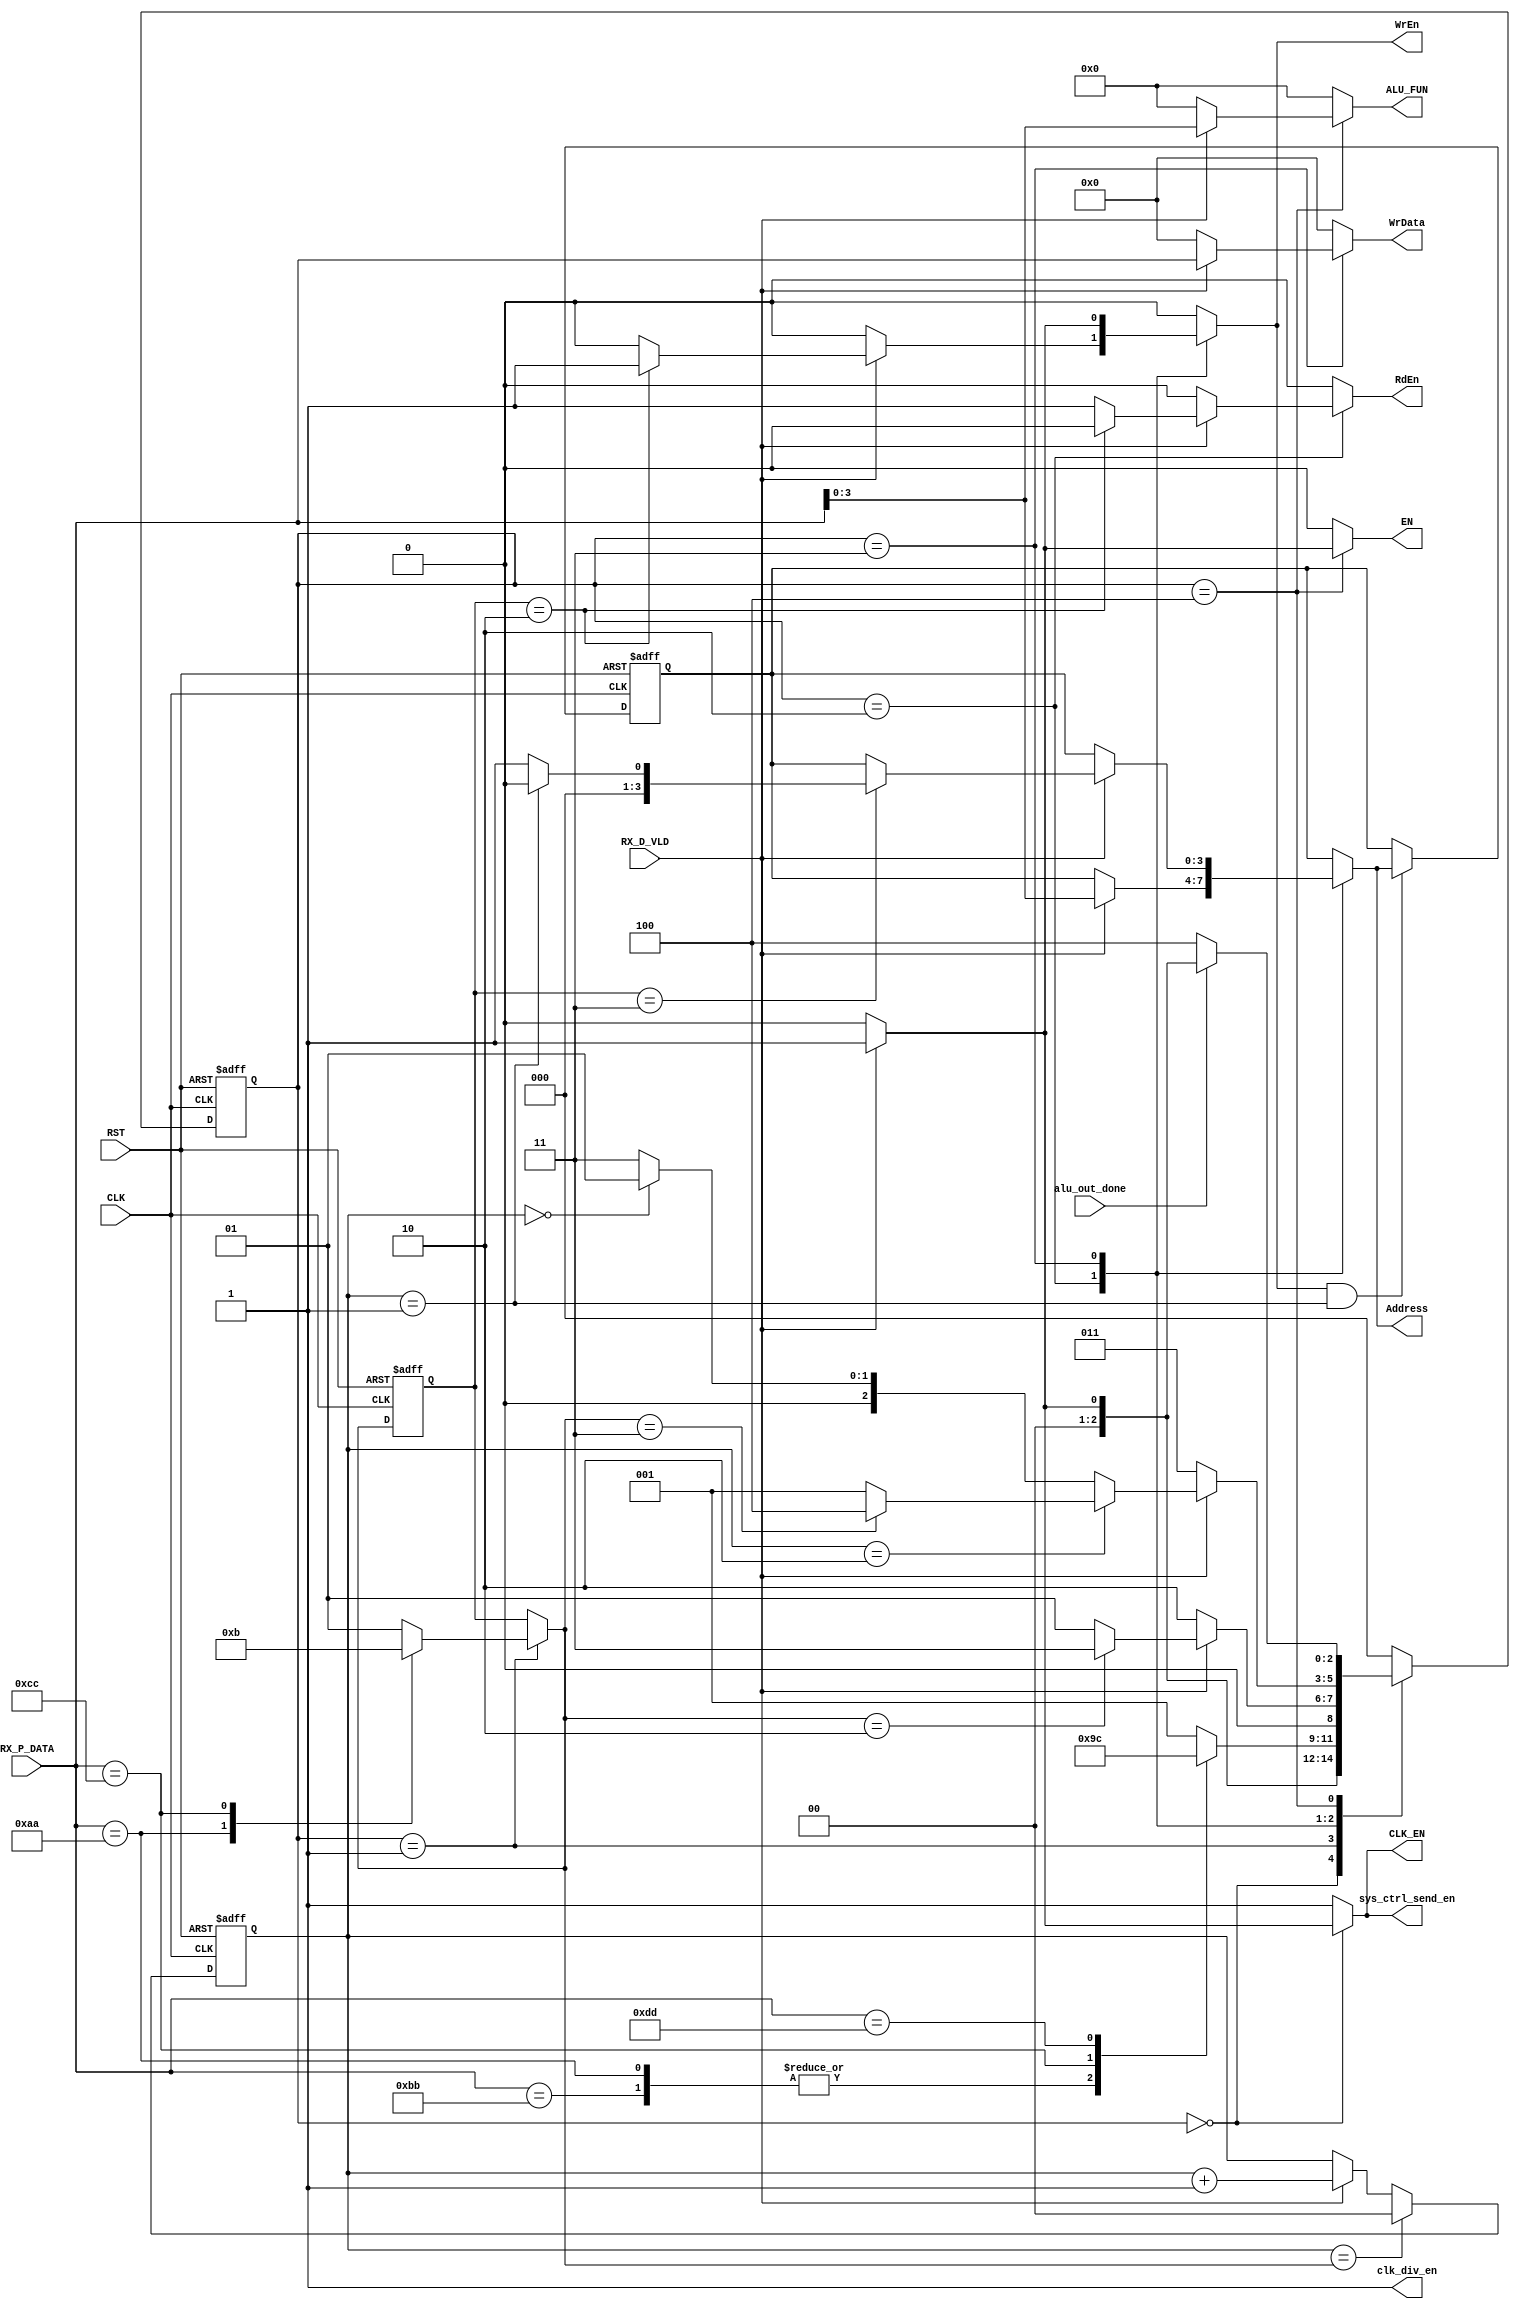
module sys_ctrl_rec #(parameter DATA_WIDTH = 8, REGFILE_ADD = 4 )
(
    input  wire                     CLK,
    input  wire                     RST,
    input  wire [DATA_WIDTH-1:0]    RX_P_DATA,
    input  wire                     RX_D_VLD,
    input  wire                     alu_out_done,
    output reg                      EN,         //ALU enable signal
    output reg  [3:0]               ALU_FUN,
    output reg                      CLK_EN,     //Clk gate enable
    output reg  [REGFILE_ADD-1:0]   Address,
    output reg                      WrEn,
    output reg                      RdEn,
    output reg  [DATA_WIDTH-1:0]    WrData,
    output reg                      clk_div_en,
    output reg                      sys_ctrl_send_en
);
// int sig to read the data from regfile the signal'll come form sys_ctrl_rec

reg [2:0] next_state, current_state;
reg [1:0] final_frame;
reg [1:0] fin;
reg [1:0] count;
reg [3:0] add_regfile;

parameter [2:0] idle_state       = 3'b000 ;
parameter [2:0] cmd_rd     = 3'b001 ;
parameter [2:0] add_rd     = 3'b010 ;
parameter [2:0] data_rd    = 3'b011 ;
parameter [2:0] alu_fun_rd = 3'b100 ;

always @(posedge CLK or negedge RST)
begin
    if(!RST)
    current_state <= idle_state ;
    else
    current_state <= next_state ;
end

always @(*)
begin
    case(current_state)
    idle_state: 
    begin
        if(RX_D_VLD)
        next_state = cmd_rd ;
        else
        next_state = idle_state ;
    end
    cmd_rd: 
    begin
        //if(RX_D_VLD)
        //begin
        case(RX_P_DATA)
        'b1010_1010:
        begin
            next_state = add_rd ;
            //final_frame = 2'b10 ;
        end
        'b1011_1011:
        begin
            next_state = add_rd ;
            //final_frame = 2'b01 ;
        end
        'b1100_1100:
        begin
            next_state = data_rd ;
            //final_frame = 2'b11 ;
        end
        'b1101_1101:
        begin
            next_state = alu_fun_rd ;
            //final_frame = 2'b01 ;
        end
        default:
        begin
            next_state = cmd_rd ;
            //final_frame = 2'b01 ;
        end
        endcase
        //end
        //else
        //next_state = cmd_rd ;
    end
    add_rd: 
    begin
        if(RX_D_VLD)
        begin
        if(final_frame == 2'b10)
        next_state = data_rd ;
        else
        begin
            if(RX_D_VLD)
            next_state = cmd_rd ;
            else
            next_state = idle_state ;
        end
        end
        else
        next_state = add_rd ; 
    end
    data_rd: 
    begin
        if (RX_D_VLD)
        begin
            if (count == 2'b10)
            begin
                if (final_frame == 2'b11)
                next_state = alu_fun_rd ;
                else
                begin
                    if(RX_D_VLD)
                    next_state = cmd_rd ;
                    else
                    next_state = idle_state ;
                end
            end
            else
            begin
                if(count == 2'b00)          //next_state = data_rd ;
                next_state = cmd_rd ;
                else 
                next_state = data_rd ;       
            end
        end
        else
        next_state = data_rd ;  
    end
    alu_fun_rd: 
    begin
        if(alu_out_done)
        begin
            if(RX_D_VLD)
            next_state = cmd_rd ;
            else
            next_state = idle_state ;
        end
        else
        next_state = alu_fun_rd ;
    end
    default: 
    begin
        next_state = idle_state ;
    end
    endcase
end

always @(*)
begin
    EN         = 1'b0 ;   // ALU enable
    ALU_FUN    =  'b0 ;   // width = 4
    CLK_EN     = 1'b0 ;   // Clk gate enable
    Address    =  add_regfile ; // width = 4
    WrEn       = 1'b0 ;
    RdEn       = 1'b0 ;
    WrData     =  'b0 ;   // width = 8
    clk_div_en = 1'b1 ;
    final_frame = fin ;
    sys_ctrl_send_en = 'b1 ;
    case(current_state)
    idle_state: 
    begin
        if(RX_D_VLD)
        begin
        CLK_EN     = 1'b1 ;
        clk_div_en = 1'b1 ;
        end
        else
        begin
        CLK_EN     = 1'b0 ;
        clk_div_en = 1'b1 ;
        sys_ctrl_send_en = 'b0 ;
        end
    end
    cmd_rd: 
    begin
        case(RX_P_DATA)
        'b1010_1010:
        begin
            CLK_EN     = 1'b1 ;
            clk_div_en = 1'b1 ;
            final_frame = 2'b10 ;
        end
        'b1011_1011:
        begin
            CLK_EN     = 1'b1 ;
            clk_div_en = 1'b1 ;
            final_frame = 2'b01 ;
        end
        'b1100_1100:
        begin
            CLK_EN     = 1'b1 ;
            clk_div_en = 1'b1 ;
            final_frame = 2'b11 ;
        end
        'b1101_1101:
        begin
            CLK_EN     = 1'b1 ;
            clk_div_en = 1'b1 ;
            final_frame = 2'b01 ;
        end
        default:
        begin
            CLK_EN     = 1'b1 ;
            clk_div_en = 1'b1 ;
            final_frame = 2'b01 ;
        end
        endcase
    end
    add_rd: 
    begin
        if(RX_D_VLD)
        begin
        EN         = 1'b0 ;
        ALU_FUN    =  'b0 ; // width = 4
        CLK_EN     = 1'b1 ;
        Address    =  RX_P_DATA[3:0] ; // width = 4
        WrData     =  'b0 ; // width = 8
        clk_div_en = 1'b1 ;
        if(final_frame == 2'b10)
        begin
            WrEn       = 1'b1 ;
            RdEn       = 1'b0 ;
        end
        else
        begin
            WrEn       = 1'b0 ;
            RdEn       = 1'b1 ;
        end

        end
        else
        begin
            EN         = 1'b0 ;
            ALU_FUN    =  'b0 ; // width = 4
            CLK_EN     = 1'b1 ;
            Address    =  add_regfile ; // width = 4
            WrEn       = 1'b0 ;
            RdEn       = 1'b0 ;
            WrData     =  'b0 ; // width = 8
            clk_div_en = 1'b1 ;
        end
    end
    data_rd: 
    begin
        if (RX_D_VLD)
        begin
            if (final_frame == 2'b11)
            begin
            CLK_EN     = 1'b1 ;
            WrEn       = 1'b1 ;
            RdEn       = 1'b0 ;
            clk_div_en = 1'b1 ;
            
            if(count == 2'b01)
            begin
            Address    =  'b0000 ; // width = 4
            WrData     =  RX_P_DATA ; // width = 8
            end
            else
            begin
            Address    =  'b0001 ; // width = 4
            WrData     =  RX_P_DATA ; // width = 8
            end

            end
            else
            begin
            EN         = 1'b0 ;
            ALU_FUN    =  'b0 ; // width = 4
            CLK_EN     = 1'b1 ;
            Address    =  add_regfile ; // width = 4
            WrEn       = 1'b1 ;
            RdEn       = 1'b0 ;
            WrData     =  RX_P_DATA ; // width = 8
            clk_div_en = 1'b1 ;
            end
        end
        else
        begin
        CLK_EN     = 1'b1 ;
        WrEn       = 1'b0 ; //WrEn       = 1'b1 ;
        RdEn       = 1'b0 ;
        clk_div_en = 1'b1 ;
        end  
    end
    alu_fun_rd: 
    begin
        if (RX_D_VLD)
        begin
        EN         = 1'b1 ;
        ALU_FUN    =  RX_P_DATA[3:0] ; // width = 4
        CLK_EN     = 1'b1 ;
        Address    =  add_regfile ; // width = 4
        WrEn       = 1'b0 ;
        RdEn       = 1'b0 ;
        WrData     =  'b0 ; // width = 8
        clk_div_en = 1'b1 ;
        end
        else
        begin
        EN         = 1'b0 ; // EN         = 1'b1 ;
        ALU_FUN    =  'b0 ; // width = 4
        CLK_EN     = 1'b1 ;
        Address    =  add_regfile ; // width = 4
        WrEn       = 1'b0 ;
        RdEn       = 1'b0 ;
        WrData     =  'b0 ; // width = 8
        clk_div_en = 1'b1 ;
        end
    end
    default: 
    begin
        EN         = 1'b0 ;
        ALU_FUN    =  'b0 ; // width = 4
        CLK_EN     = 1'b1 ;
        Address    =  add_regfile ; // width = 4
        WrEn       = 1'b0 ;
        RdEn       = 1'b0 ;
        WrData     =  'b0 ; // width = 8
        clk_div_en = 1'b1 ;
    end
    endcase
end

always @(posedge CLK or negedge RST)
begin
    if(!RST)
    add_regfile <= 'b100;
    else if( (WrEn == 1) && (count == 'b01) )
    add_regfile <= Address;
end

always @(posedge CLK or negedge RST)
begin
    if(!RST)
    fin <= 'b0 ;
    else
    fin <= final_frame ;
end


/*
always @(posedge CLK or negedge RST)
begin
    if(!RST)
    alu_cmdreg <= 'b0;
    else if( EN == 1 )
    alu_cmdreg <= ALU_FUN;
end
*/

always @(posedge CLK or negedge RST)
begin
    if(!RST)
    count <= 'b0;
    else if(count == final_frame)
    count <= 'b0;
    else if (RX_D_VLD)
    count <= count + 'b1;
end

endmodule